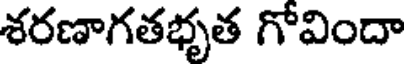
శరణాగతభృత గోవిందా